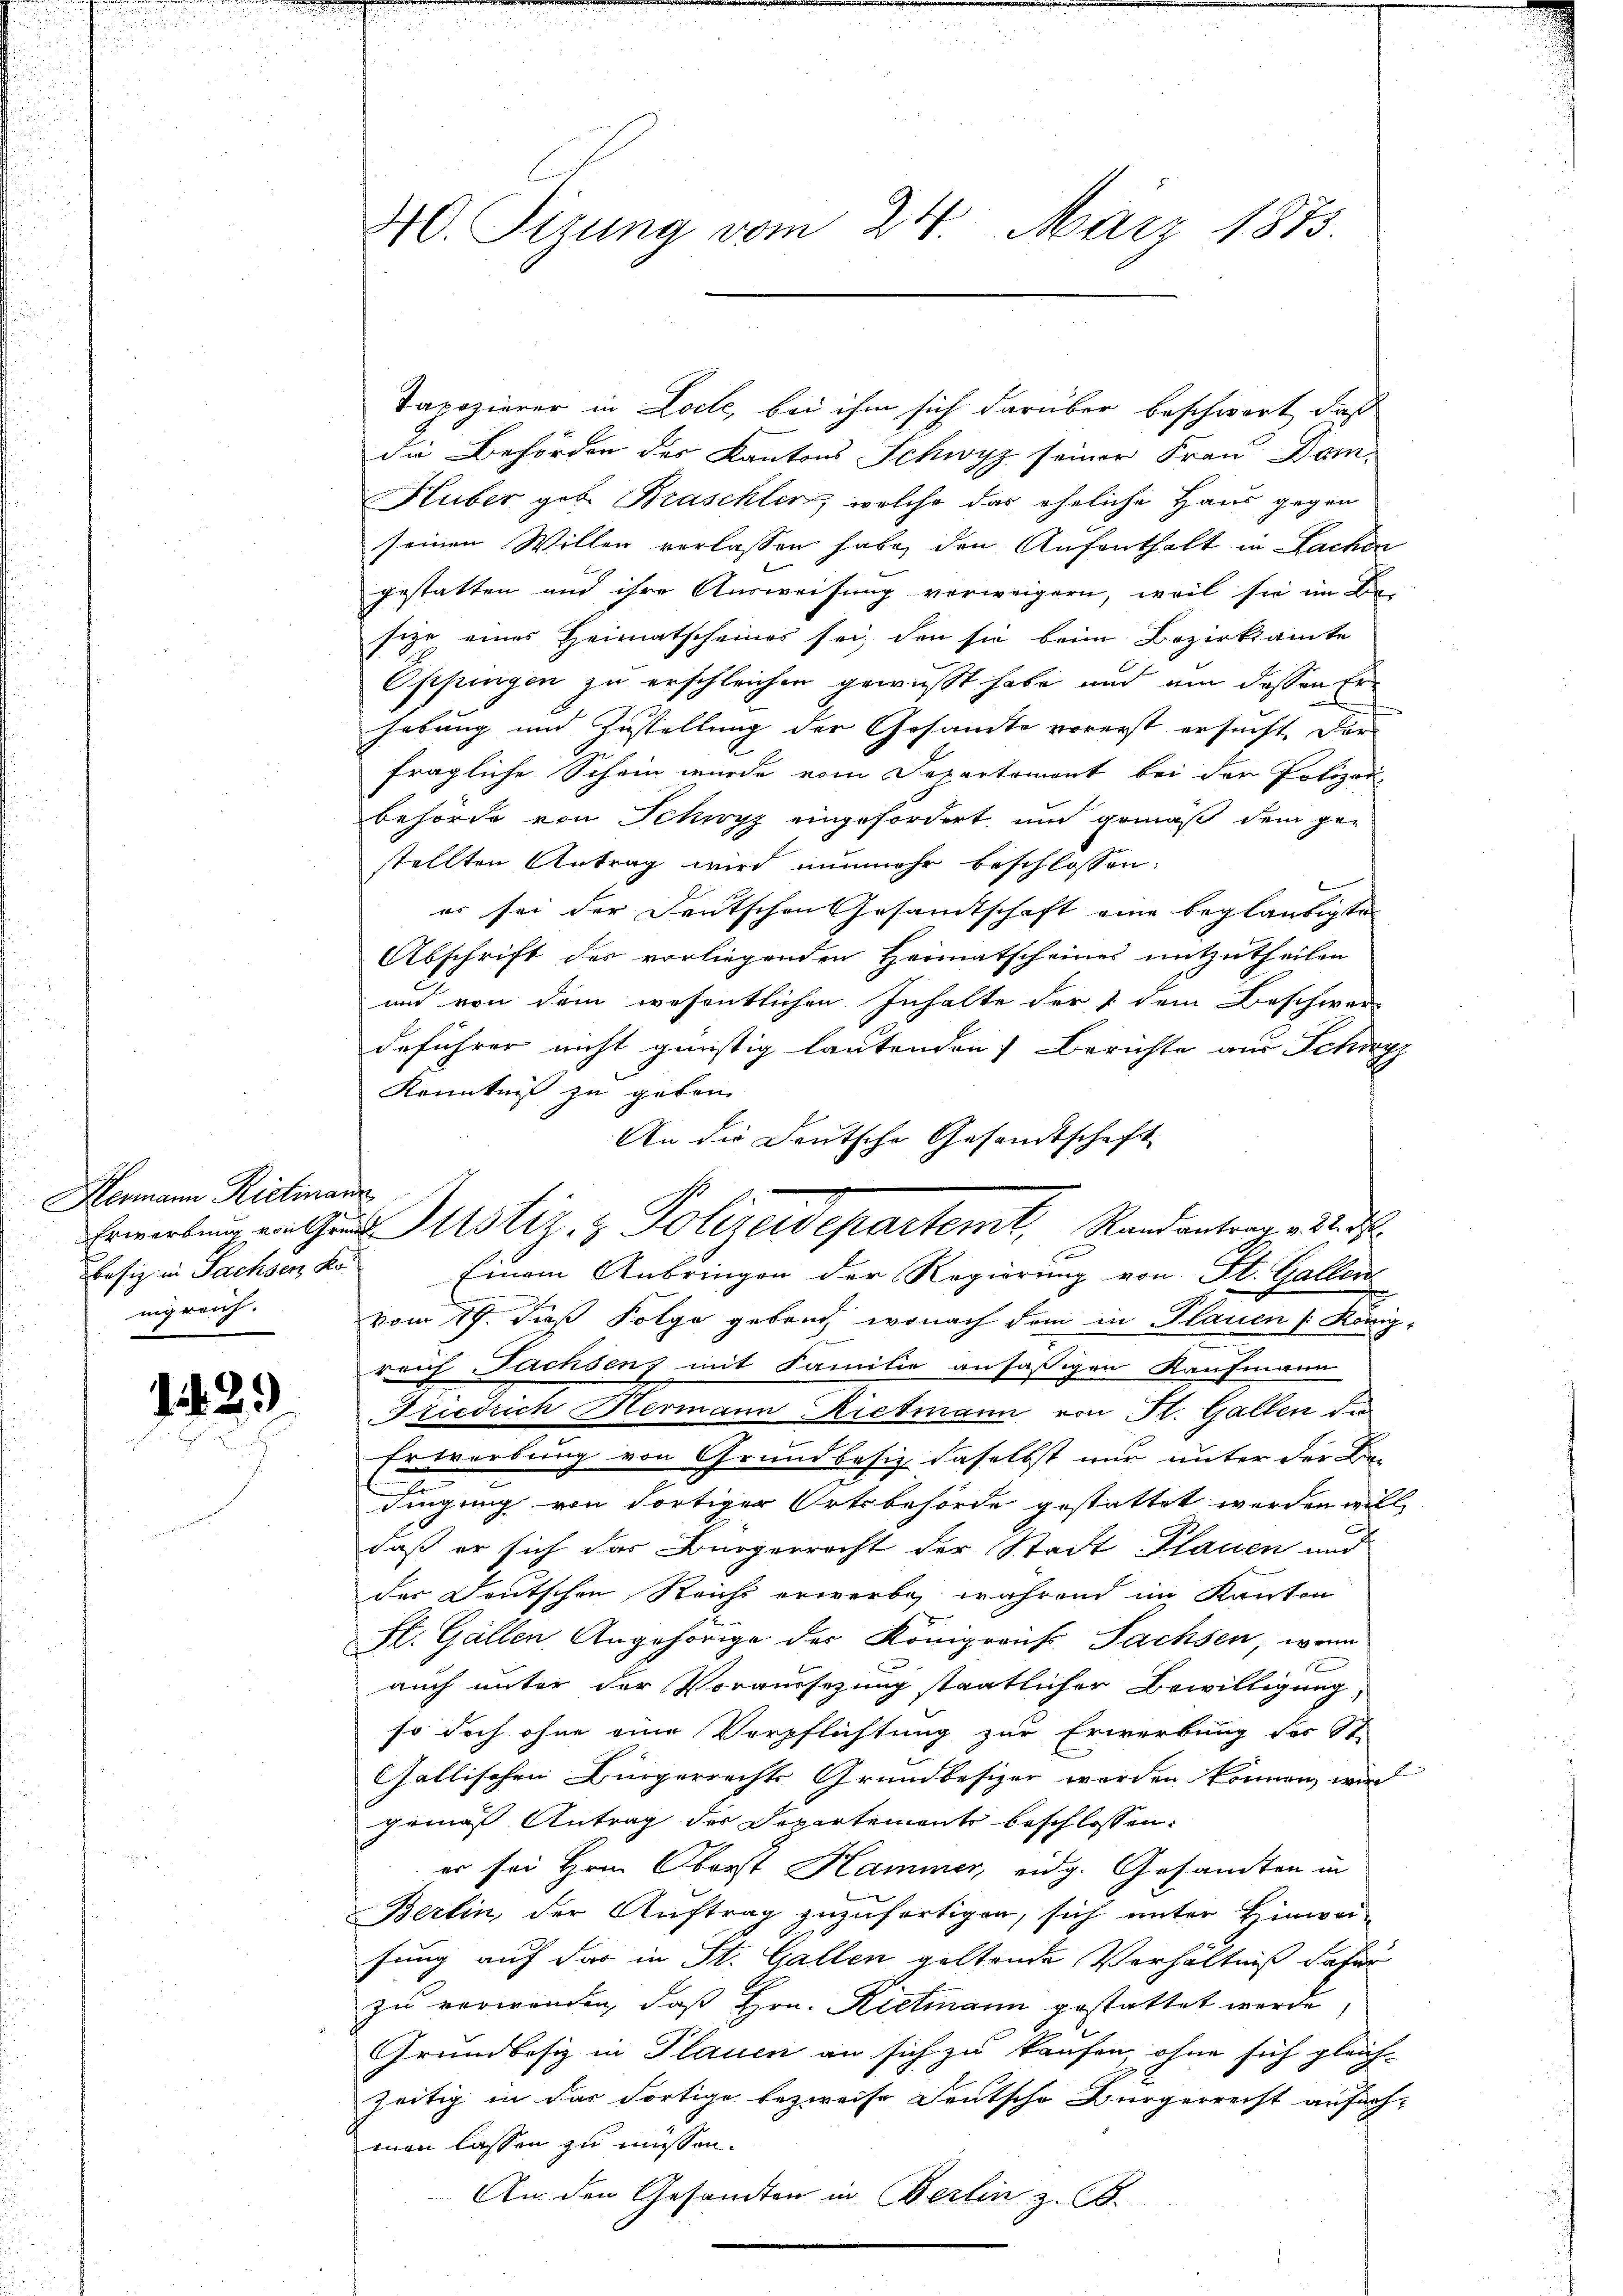
Hermann Rietmann
Besiz in Sachsen kei
nigreich.

1429)

Tapozierer in Loche, bei ihm sich darüber beschwort, daß
die Behörden des Kantons Schwyz seiner Frau Dom¬
Huber geb. Braschler, welche das eheliche Haus gegen
seinen Willen verlassen habe, den Aufenthalt in Sachen
gestatten und ihre Ausweisung vorweigern, weil sie im De-
sitze eines Heimatscheines sei, den sie beim Bezirksamte
Oppingen zu erschleichen gewußt habe und um dessen Erhebung und Zustellung der Gesamte vorerst ersucht dar
fragliche Schein wurde vom Departement bei der Polizei-
behörde von Schwyz eingefordert, und gemäß dem ge-
stellten Antrag wird nunmehr beschlossen:
er sei der Deutschen Gesandtschaft eine beglaubigte
Abschrift des vorliegenden Heimatscheines mitzutheilen
und von dem wesentlichen Inhalte der 1 dem Beschwer-
deführer nicht günstig lautenden Berichte aus Schöp
Kenntniß zu geben.
An die Deutsche Gesandtschaft
Einem Anbringen der Regierung von St. Gallen
vom 19. daß Folge geben, wonach dem in Plauen /: König-
reich Fachsenz mit Familie ansässigen Kaufmann
Friedrich Hermann Rietmann von St. Gallen die
Erwerbung von Grundbesiz daselbst nur unter der Be-
dingung von dortiger Ortsbehörde gestattet werden will,
daß er sich das Bürgerrecht der Stadt Plauen und
der Deutschen Reichs erwerbe, während im Kanton
St. Gallen Angehörige der Königreif Sachsen, wenn
auch unter der Voraussetzung staatlicher Bewilligung,
so doch ohne eine Verpflichtung zur Erwerbung des St.
Gallischen Bürgerrechts Grundbesizer worden können, wir
gemäß Antrag der Departemente beschlossen:
er sei Hrn. Oberst Hammer, eidg. Gesandten in
Berlin, der Auftrag zuzufertigen, sich unter Hinwer-
fung auf das in St. Gallen geltende Verhältniß dafür
zu verwanden, daß Hrn. Rietmann gestattet werde,
Grundbesiz in Plauen an sich zu kaufen, ohne sich gleich-
zeitig in das Fortige bezweife deutsche Bürgerreist anfach-
men lassen zu müssen.
An den Gesandten in Berlin z. B.

20. Sizung vom 24. März 1873.

Erwerbŭng an und Motiz & Polizeidepartemt, Randantrage Wid